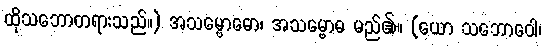
ထိုသဘောတရားသည်။) အသမ္ဗောဓော၊ အသမ္ဗောဓ မည်၏။ (ယော သဘောဝေါ၊